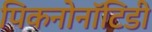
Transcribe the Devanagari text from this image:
पिकनोनॉटिडी